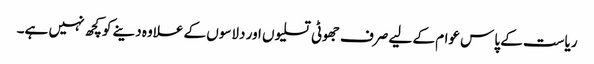
ریاست کے پاس عوام کے لیے صرف جھوٹی تسلیوں اور دلاسوں کے علاوہ دینے کوکچھ نہیں ہے۔